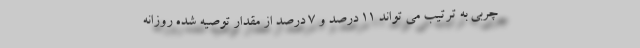
چربی به ترتیب می تواند 11 درصد و 7 درصد از مقدار توصیه شده روزانه